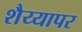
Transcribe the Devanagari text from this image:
शैय्यापर